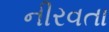
નીરવતા